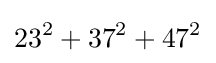
23^{2}+37^{2}+47^{2}